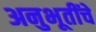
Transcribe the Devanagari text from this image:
अनुभूतींचे